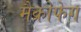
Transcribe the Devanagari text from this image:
मैक्रोफेग